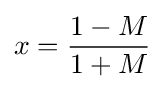
x={\frac {1-M}{1+M}}